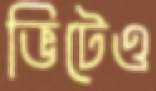
ভিটেও